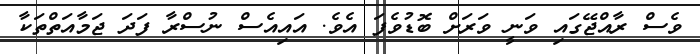
ވެސް ރާއްޖޭގައި ވަނީ ވަރަށް ބޮޑުވެފަ އެވެ. އައިއެސް ނުސްރާ ފަދަ ޖަމާއަތްތަކާ